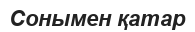
Сонымен қатар